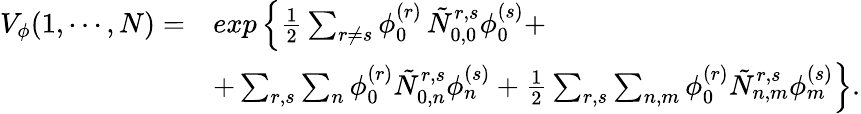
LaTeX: \begin{array}{ll}{{V_{\phi}(1,\cdots,N)=}}&{{exp\left\{ \frac{1}{2}\sum_{r\neq s}\phi_{0}^{(r)}\, \tilde{N}_{0,0}^{r,s}\phi_{0}^{(s)}+\right.}}\\ {{}}&{{\left.+\sum_{r,s}\sum_{n}\phi_{0}^{(r)}\tilde{N}_{0,n}^{r,s}\phi_{n}^{(s)}+\frac{1}{2}\sum_{r,s}\sum_{n,m}\phi_{0}^{(r)}\tilde{N}_{n,m}^{r,s}\phi_{m}^{(s)}\right\} .}}\end{array}